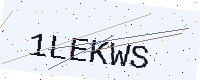
Text: 1LEKWS